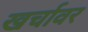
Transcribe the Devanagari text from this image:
खर्चावर